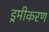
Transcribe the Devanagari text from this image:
ड्रमीकरण